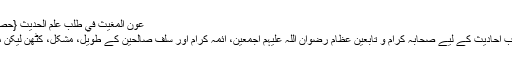
عَوْنُ الْمُغِیْث فِي طَلَبِ عِلْمِ الْحَدِیْث {حصولِ علم کے لیے سفر، مذاکرہ اور کتابتِ حدیث}
اس تالیف میں سب سے پہلے حصولِ علم اور طلبِ احادیث کے لیے صحابہ کرام و تابعین عظام رضوان اللہ علیہم اجمعین، ائمۂ کرام اور سلف صالحین کے طویل، مشکل، کٹھن لیکن مبارک اَسفار کے احوال بھی بیان کیے گئے ہیں۔